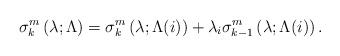
LaTeX: \begin{align*} \sigma_k^m\left(\lambda;\Lambda\right) = \sigma_k^m\left(\lambda;\Lambda(i)\right) + \lambda_i\sigma_{k-1}^m\left(\lambda;\Lambda(i)\right) . \end{align*}